Calcutta medical institutions reports 1892-1900
Year: 1892
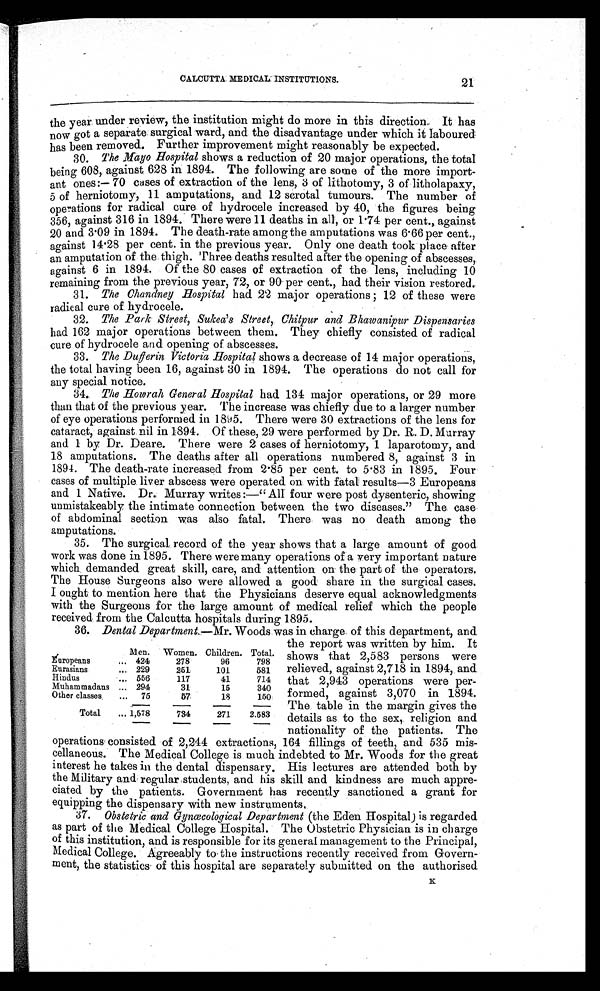
CALCUTTA MEDICAL INSTITUTIONS.
the year under review, the institution might do more in this direction. It has
now got a separate surgical ward, and the disadvantage under which it laboured
has been removed. Further improvement might reasonably be expected.
30.
The Mayo Hospital shows a reduction of 20 major operations, the total
being 608, against 628 in 1894. The following are some of the more import
-ant ones:—70 cases of extraction of the lens, 3 of lithotomy, 3 of litholapaxy,
5 of herniotomy, 11 amputations, and 12 scrotal tumours. The number of
operations for radical cure of hydrocele increased by 40, the figures being
356, against 316 in 1894. There were 11 deaths in all, or 1.74 per cent., against
20 and 3.09 in 1894. The death-rate among the amputations was 6.66 per cent.,
against 14.28 per cent. in the previous year. Only one death took place after
an amputation of the thigh. Three deaths resulted after the opening of abscesses,
against 6 in 1894. Of the 80 cases of extraction of the lens, including 10
remaining from the previous year, 72, or 90 per cent., had their vision restored.
31.
The Chandney Hospital had 22 major operations; 12 of these were
radical cure of hydrocele.
32.
The Park Street, Sukea's Street, Chitpur and Bhawanipur Dispensaries
had 162 major operations between them. They chiefly consisted of radical
cure of hydrocele and opening of abscesses.
33.
The Duf f er i n Vi ct or i a Hospi t als h o w s a d e c r e a s e o f 1 4 m a j o r o p e r a t i o n s ,
the total having been 16, against 30 in 1894. The operations do not call for
any special notice.
34. The Howr ah Gener al Hospi t alh a d 1 3 4 m a j o r o p e r a t i o n s , o r 2 9 m o r e
than that of the previous year. The increase was chiefly due to a larger number
of eye operations performed in 1895. There were 30 extractions of the lens for
cataract, against nil in 1894. Of these, 29 were performed by Dr. R. D. Murray
and 1 by Dr. Deare. There were 2 cases of herniotomy, 1 laparotomy, and
18 amputations. The deaths after all operations numbered 8, against 3 in
1894. The death-rate increased from 2.85 per cent. to 5.83 in 1895. Four
cases of multiple liver abscess were operated on with fatal results—3 Europeans
and 1 Native. Dr. Murray writes:—"All four were post dysenteric, showing
unmistakeably the intimate connection between the two diseases." The case
of abdominal section was also fatal. There was no death among the
amputations.
35. The surgical record of the year shows that a large amount of good
work was done in 1895. There were many operations of a very important nature
which demanded great skill, care, and attention on the part of the operators.
The House Surgeons also were allowed a good share in the surgical cases.
I ought to mention here that the Physicians deserve equal acknowledgments
with the Surgeons for the large amount of medical relief which the people
received from the Calcutta hospitals during 1895.
36. Dental Department. —Mr. Woods was in charge of this department, and
the report was written by him. It
shows that 2,583 persons were
relieved, against 2,718 in 1894, and
that 2,943 operations were per
-formed, against 3,070 in 1894.
The table in the margin gives the
details as to the sex,. religion and
nationality of the patients. The
operations consisted of 2,244 extractions, 164 fillings of teeth, and 535 mis
-cellaneous. The Medical College is much indebted to Mr. Woods for the great
interest he takes in the dental dispensary. His lectures are attended both by
the Military and regular students, and his skill and kindness are much appre
-ciated by the patients. Government has recently sanctioned a grant for
equipping the dispensary with new instruments.
37.
Obstetric and Gynæcological Department (the Eden Hospital) is regarded
as part of the Medical College Hospital. The Obstetric Physician is in charge
of this institution, and is responsible for its general management to the Principal,
Medical College. Agreeably to the instructions recently received from Govern
-ment, the statistics of this hospital are separately submitted on the authorised
21
Men. Women. Children. Total.
Europeans
424
278
96
798
Eurasians
229
251
101
581
Hindus
556
117
41
714
Muhammadans
294
31
15
340
Other classes
75
57
18
150
Total
1,578
734
271
2,583